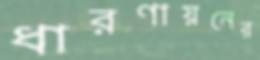
ধারণায়নের